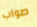
صواب